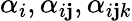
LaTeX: \alpha_{i},\alpha_{i\mathbf{j}},\alpha_{i\mathbf{j}k}